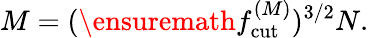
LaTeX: M=(\ensuremath{f_{\mathrm{cut}}^{(M)}})^{3/2}N.